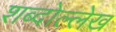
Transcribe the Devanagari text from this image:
शब्दोल्लेख